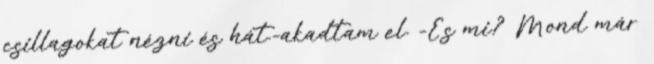
csillagokat nézni és hát.-akadtam el. -És mi? Mond már